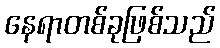
နေရာတစ်ခုဖြစ်သည်